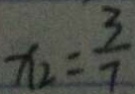
x _ { 2 } = \frac { 3 } { 7 }